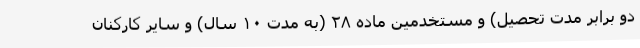
دو برابر مدت تحصیل) و مستخدمین ماده ۲۸ (به مدت ۱۰ سال) و سایر کارکنان